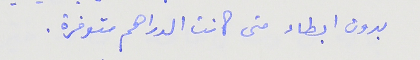
بدون ابطاء متى كانت الدراهم متوفرة .